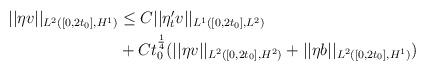
LaTeX: \begin{align*} \begin{aligned} ||\eta v||_{L^2([0,2t_0], H^1)} &\leq C ||\eta'_t v||_{L^1([0,2t_0], L^2)} \\&+ C t_0^{\frac{1}{4}} (||\eta v||_{L^2([0,2t_0], H^2)} + ||\eta b||_{L^2([0,2t_0], H^1)})\end{aligned}\end{align*}